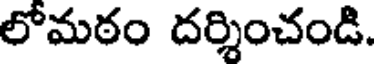
లోమఠం దర్శించండి.